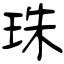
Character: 珠